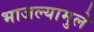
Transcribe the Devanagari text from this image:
भाजल्यामुले